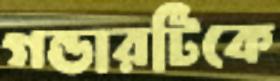
গন্ডারটিকে